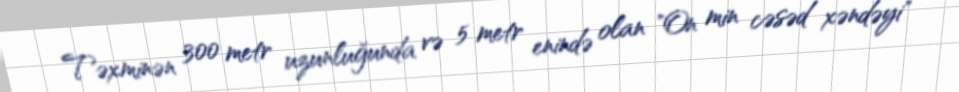
Təxminən 300 metr uzunluğunda və 5 metr enində olan "On min cəsəd xəndəyi"